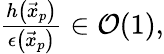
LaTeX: \begin{array}{r}{\frac{h\left(\vec{x}_{p}\right)}{\epsilon\left(\vec{x}_{p}\right)}\in\mathcal{O}(1),}\end{array}